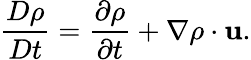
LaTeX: {\frac{D\rho}{Dt}}={\frac{\partial\rho}{\partial t}}+{\nabla\rho\cdot\mathbf{u}}.